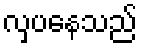
လှပနေသည်